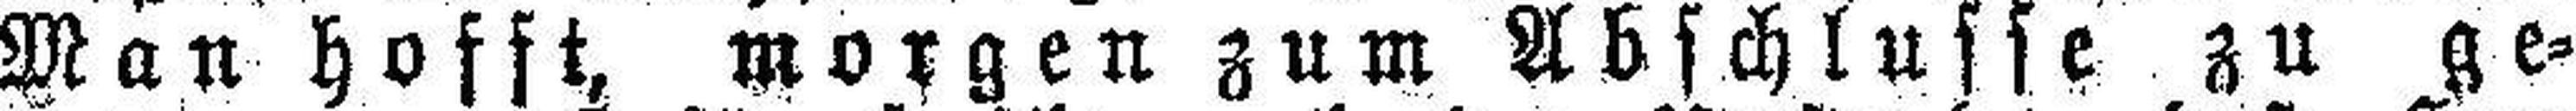
Wan hofft, morgen zum Abschlusse zu ge¬